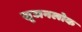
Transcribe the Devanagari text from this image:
सृजनलोक